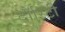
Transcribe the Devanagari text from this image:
दोरिटी